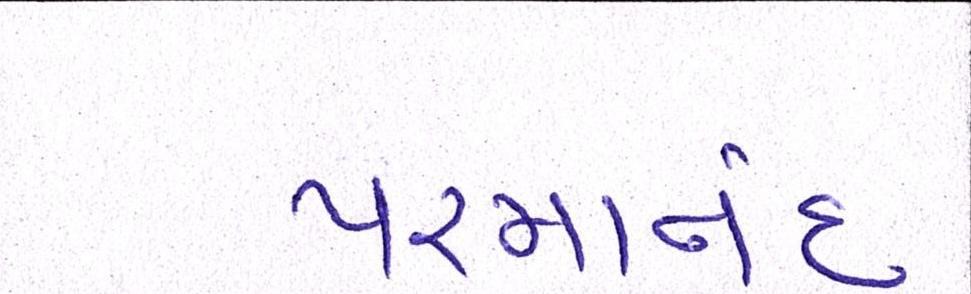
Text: પરમાનંદ